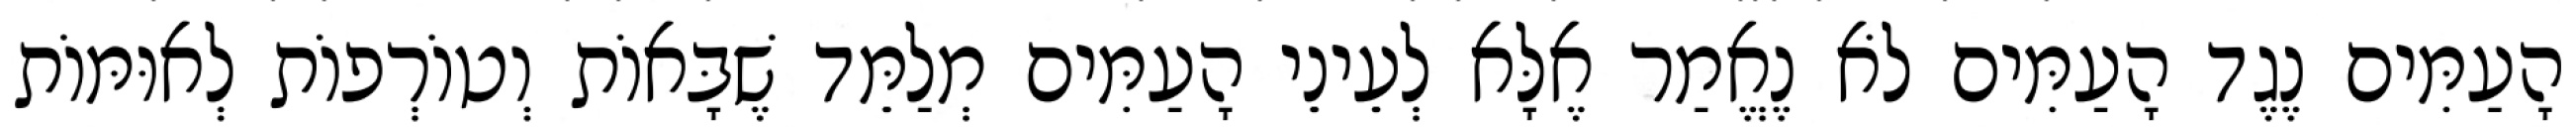
הָעַמִּים נֶגֶד הָעַמִּים לֹא נֶאֱמַר אֶלָּא לְעֵינֵי הָעַמִּים מְלַמֵּד שֶׁבָּאוֹת וְטוֹרְפוֹת לְאוּמּוֹת